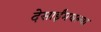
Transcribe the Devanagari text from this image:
देसाईंमधल्या